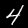
Label: 4